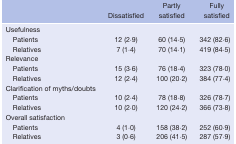
<table><thead><tr><td></td><td><b>Dissatisfied</b></td><td><b>Partly satisfied</b></td><td><b>Fully satisfied</b></td></tr></thead><tbody><tr><td>Usefulness</td><td></td><td></td><td></td></tr><tr><td>Patients</td><td>12 (2·9)</td><td>60 (14·5)</td><td>342 (82·6)</td></tr><tr><td>Relatives</td><td>7 (1·4)</td><td>70 (14·1)</td><td>419 (84·5)</td></tr><tr><td>Relevance</td><td></td><td></td><td></td></tr><tr><td>Patients</td><td>15 (3·6)</td><td>76 (18·4)</td><td>323 (78·0)</td></tr><tr><td>Relatives</td><td>12 (2·4)</td><td>100 (20·2)</td><td>384 (77·4)</td></tr><tr><td>Clarification of myths/doubts</td><td></td><td></td><td></td></tr><tr><td>Patients</td><td>10 (2·4)</td><td>78 (18·8)</td><td>326 (78·7)</td></tr><tr><td>Relatives</td><td>10 (2·0)</td><td>120 (24·2)</td><td>366 (73·8)</td></tr><tr><td>Overall satisfaction</td><td></td><td></td><td></td></tr><tr><td>Patients</td><td>4 (1·0)</td><td>158 (38·2)</td><td>252 (60·9)</td></tr><tr><td>Relatives</td><td>3 (0·6)</td><td>206 (41·5)</td><td>287 (57·9)</td></tr></tbody></table>